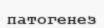
патогенез